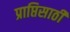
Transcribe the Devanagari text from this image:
प्राप्तिसाठी